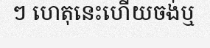
ៗ ហេតុនេះហើយចង់ឬ